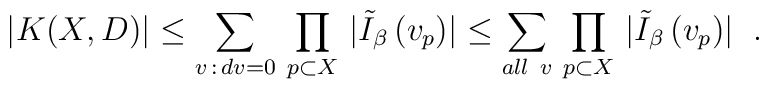
\left.   |K(X,D)| \leq \sum_{v \,: \, dv=0} \, \prod_{p \subset X}\, | \tilde{I}_{\beta} \, (v_{p}) | \leq  \sum_{ all \ v} \,\prod_{p \subset X} \, | \tilde{I}_{\beta} \, (v_{p}) | \right. \ .